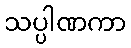
သပ္ပါဏကာ